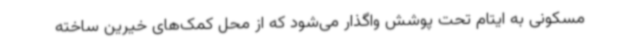
مسکونی به ایتام تحت پوشش واگذار می‌شود که از محل کمک‌های خیرین ساخته